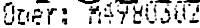
DOER: M4980302